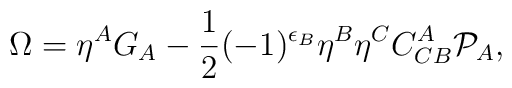
\Omega=\eta^AG_A-\frac{1}{2}(-1)^{\epsilon_B}\eta^B\eta^CC_{CB}^A{\cal P}_A,